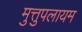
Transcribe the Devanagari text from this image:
मुत्तुपलायम